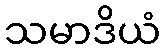
သမာဒိယံ